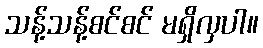
သန့်သန့်စင်စင် မရှိလှပါ။